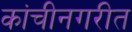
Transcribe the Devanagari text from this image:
कांचीनगरीत